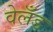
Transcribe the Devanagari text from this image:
वेलँड